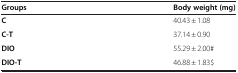
| Groups | Body weight (mg) |
 | --- | --- |
 | C | 40.43 ± 1.08 |
 | C-T | 37.14 ± 0.90 |
 | DIO | 55.29 ± 2.00# |
 | DIO-T | 46.88 ± 1.83$ |